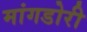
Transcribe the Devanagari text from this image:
मांगडोरी